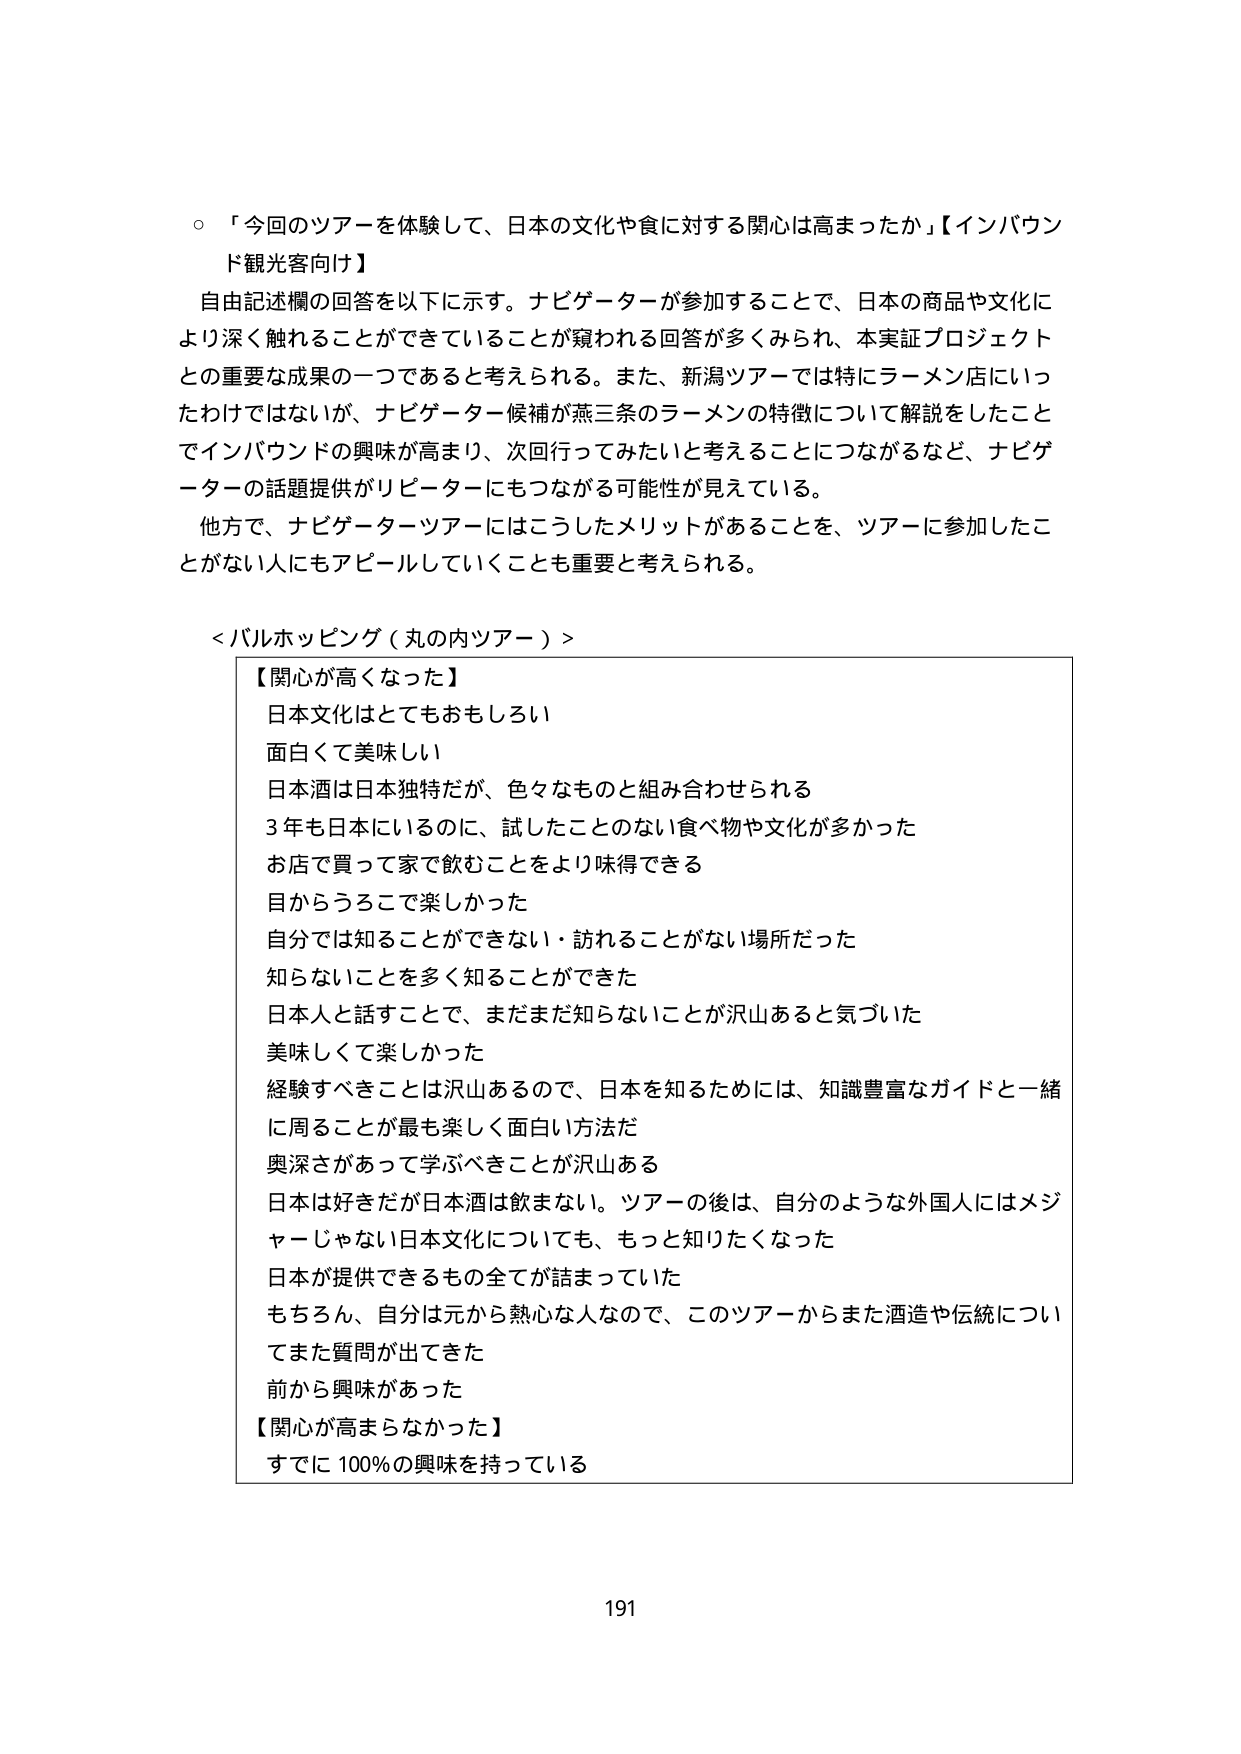
。「今回のツアーを体験して、日本の文化や食に対する関心は高まったか」【インバウンド観光客向け】

自由記述欄の回答を以下に示す。ナビゲーターが参加することで、日本の商品や文化により深く触れることができていることが窺われる回答が多くみられ、本実証プロジェクトとの重要な成果の一つであると考えられる。また、新潟ツアーでは特にラーメン店にいったわけではないが、ナビゲーター候補が燕三条のラーメンの特徴について解説をしたことでインバウンドの興味が高まり、次回行ってみたいと考えることにつながるなど、ナビゲーターの話題提供がリピーターにもつながる可能性が見えていている。

他方で、ナビゲーターツアーにはこうしたメリットがあることを、ツアーに参加したことがない人にもアピールしていくことも重要と考えられる。

＜バルホッピング（丸の内ツアー）＞

【関心が高くなった】
日本文化はとてもおもしろい
面白くて美味しい
日本酒は日本独特だが、色々なものと組み合わせられる
3年も日本にいるのに、試したことのない食べ物や文化が多かった
お店で買って家で飲むことをより味得できる
目からうろこで楽しかった
自分では知ることができない・訪れることがない場所だった
知らないことを多く知ることができた
日本人と話すことで、まだまだ知らないことが沢山あると気づいた
美味しくて楽しかった
経験すべきことは沢山あるので、日本を知るためには、知識豊富なガイドと一緒に周ることが最も楽しく面白い方法だ
奥深さがあって学べべきことが沢山ある
日本は好きだが日本酒は飲まない。ツアーの後は、自分のような外国人にはメジャーじゃない日本文化についても、もっと知りたくなった
日本が提供できるもの全てが詰まっていた
もちろん、自分は元から熱心な人なので、このツアーからまた酒造や伝統についてまた質問が出てきた
前から興味があった

【関心が高まらなかった】
すでに100％の興味を持っている

191